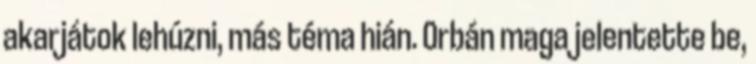
akarjátok lehúzni, más téma hián. Orbán maga jelentette be,